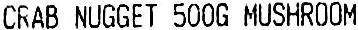
CRAB NUGGET 500G MUSHROOM